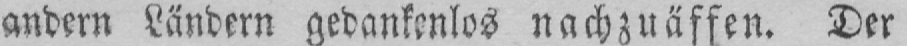
andern Ländern gedankenlos nachzuäffen. Der